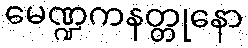
မေဏ္ဍကနတ္တုနော